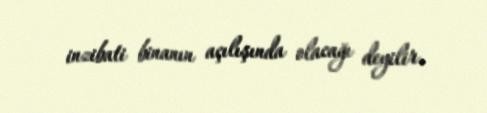
inzibati binanın açılışında olacağı deyilir.